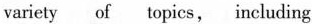
variety of topics, including